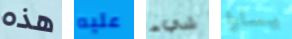
هذه عليه شيء يسارا